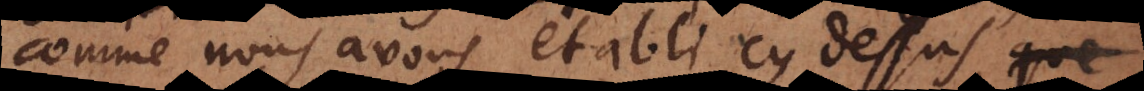
comme nous avons établi cy dessus, qu’on